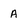
Character: A